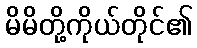
မိမိတို့ကိုယ်တိုင်၏